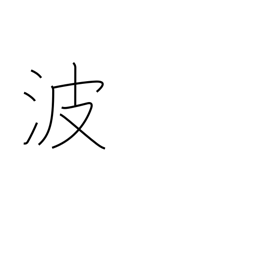
Meaning: Poland